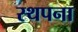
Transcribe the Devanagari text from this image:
स्‍थपना